Scottish Leaving Certificate Examination, 1955
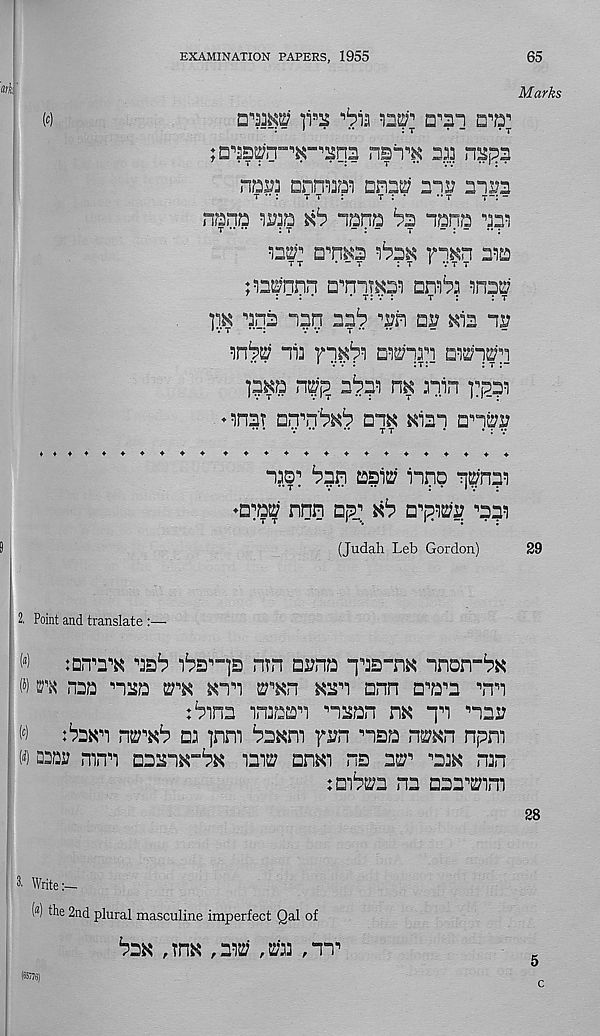
EXAMINATION PAPERS, 1955
65
Marks
w
]T25
a^sn a^a;
nsi^ 333 nap?
nasa annual ana^
3333
T •• ;
t 7 :
r : *
•• r
-
nana 3133a x 1 ? naqa ^a 3an?3 aa3
^a^' 1 a^n^a
ra^n aia
TT
• “ T
: T • V T T
;3amnn a ,, mT^23 am^: 3322;
aqa aqq aa^>
w ^ia ai?
3n^ ai3 fq^3 D3^qri aisn^a
33Ka
3^33
aain ]: ( 3a3
♦ ina? nyriitib aq^ ^iaa anra
♦ ♦♦♦♦♦♦♦♦♦ ♦♦♦ ♦♦♦ ♦♦♦♦♦♦♦♦♦
aao: ^5?
iiqp qpna3
♦a^ nnn aqq ^3 a^aio'i? *’333
(Judah Leb Gordon)
29
2. Point and translate :—
M
inn™ aa^ 3 i as^"]s ntn a^na qaa-na anon-^x
(») B’x naa naa
^aa ann a^a^a \aa
:^ina inaaaa nsan m qa ^aa^
( £ )
^aaa nwxb as )nm Pa^ra fs?n nsa n^n npm
w D3?3i? mna aaaa^“b^ iai^ odki ns asn ^as^ nsn
:Bi^a na aaamm
28
Write:—
(«) the 2nd plural masculine imperfect Qal of
^an ,Tna ,332; ,0:3,33^
(65776)
C